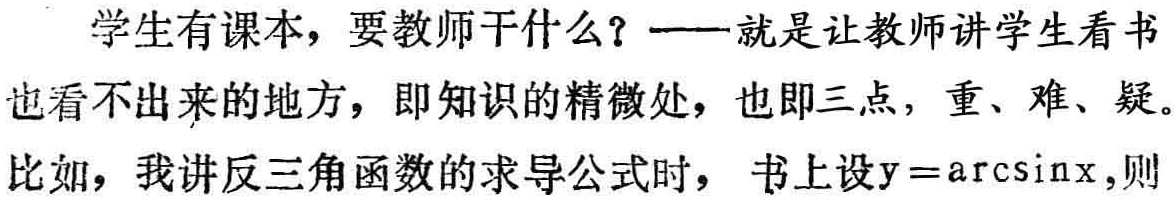
学生有课本，要教师干什么？——就是让教师讲学生看书也看不出来的地方，即知识的精微处，也即三点，重、难、疑。比如，我讲反三角函数的求导公式时，书上设\(y = \arcsin x\)，则